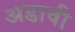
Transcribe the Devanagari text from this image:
अडावी